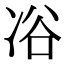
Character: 𠗖